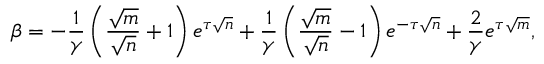
\beta = - \frac { 1 } { \gamma } \left( \frac { \sqrt { m } } { \sqrt { n } } + 1 \right) e ^ { \tau \sqrt { n } } + \frac { 1 } { \gamma } \left( \frac { \sqrt { m } } { \sqrt { n } } - 1 \right) e ^ { - \tau \sqrt { n } } + \frac { 2 } { \gamma } e ^ { \tau \sqrt { m } } ,